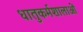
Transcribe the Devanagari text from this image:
धातुकर्मशालाओं